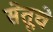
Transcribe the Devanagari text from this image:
सेतूचे